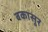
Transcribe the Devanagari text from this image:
बकासूर